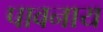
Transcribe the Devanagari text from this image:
पावनाय